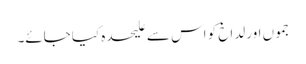
جموں اور لداخ کو اس سے علیحدہ کیا جائے۔